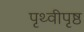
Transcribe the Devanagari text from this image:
पृथ्वीपृष्ठ